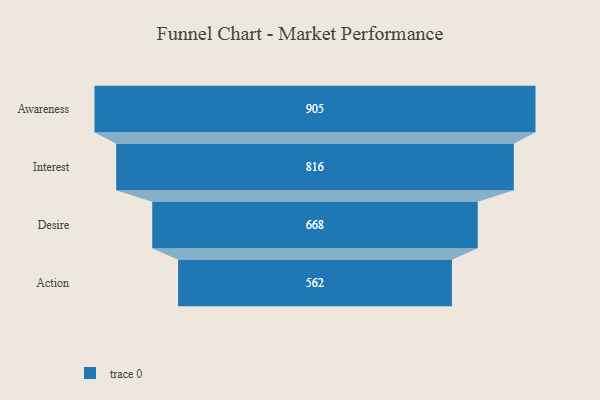
{"axis": {"x": "Stage", "y": "Value"}, "legend": [""], "data": [{"x": "Awareness", "y": 905.0, "type": ""}, {"x": "Interest", "y": 816.0, "type": ""}, {"x": "Desire", "y": 668.0, "type": ""}, {"x": "Action", "y": 562.0, "type": ""}]}